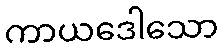
ကာယဒေါသော